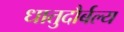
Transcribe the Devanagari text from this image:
धातुदौर्बल्य